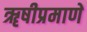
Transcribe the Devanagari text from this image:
ॠषीप्रमाणें